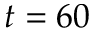
t = 6 0